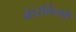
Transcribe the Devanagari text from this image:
बंदरतिलके